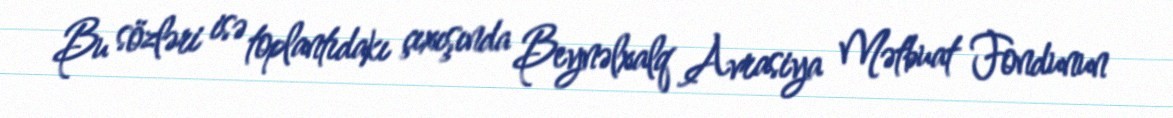
Bu sözləri isə toplantıdakı çıxışında Beynəlxalq Avrasiya Mətbuat Fondunun